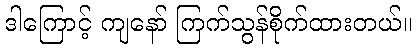
ဒါကြောင့် ကျနော် ကြက်သွန်စိုက်ထားတယ်။